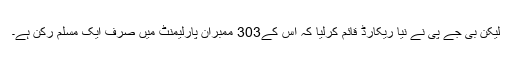
لیکن بی جے پی نے نیا ریکارڈ قائم کرلیا کہ اس کے303 ممبران پارلیمنٹ میں صرف ایک مسلم رکن ہے۔